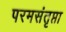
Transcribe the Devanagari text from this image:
परमसंतृप्ता